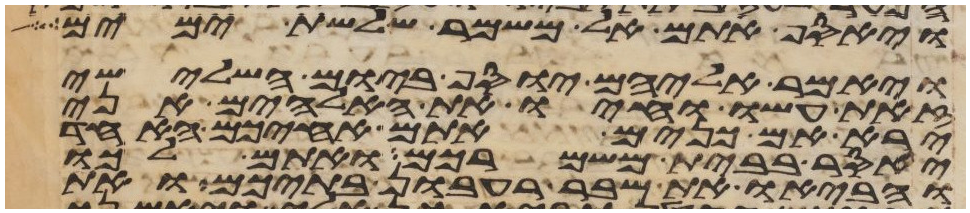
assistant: ויאסף אתם אל משמר שלשת ימים
ויאמר אליהם יוסף ביום השלישי
זאת עשו וחיו את האלהים אני
ירא אם כנים אתם אחיכם האחד
יאסר בבית משמרכם ואתם לכו
והביאו את שבר רעבון בתיכם ואת